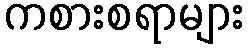
ကစားစရာများ